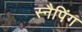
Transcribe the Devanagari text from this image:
स्नैपिंग